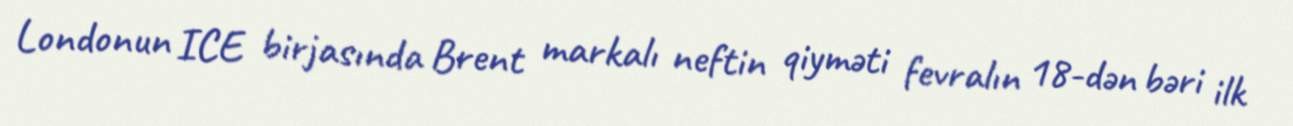
Londonun ICE birjasında Brent markalı neftin qiyməti fevralın 18-dən bəri ilk